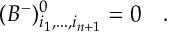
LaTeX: ( B ^ { - } ) _ { i _ { 1 } , . . . , i _ { n + 1 } } ^ { 0 } = 0 ~ ~ ~ .